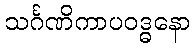
သင်္ဂဏိကာပဝဒ္ဓနော